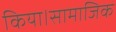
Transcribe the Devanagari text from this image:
किया।सामाजिक